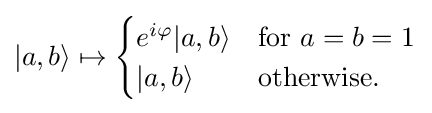
|a,b\rangle \mapsto {\begin{cases}e^{i\varphi }|a,b\rangle &{\mbox{for }}a=b=1\\|a,b\rangle &{\mbox{otherwise.}}\end{cases}}